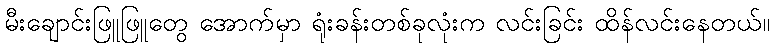
မီးချောင်းဖြူဖြူတွေ အောက်မှာ ရုံးခန်းတစ်ခုလုံးက လင်းခြင်း ထိန်လင်းနေတယ်။